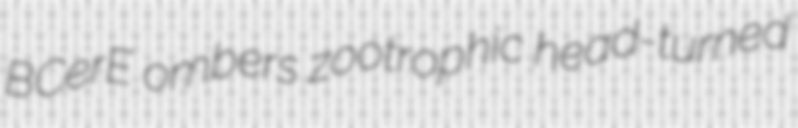
BCerE ombers zootrophic head-turned